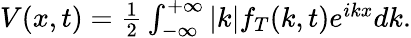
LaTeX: \begin{array}{r}{V(x,t)=\frac{1}{2}\int_{-\infty}^{+\infty}|k|f_{T}(k,t)e^{ikx}dk.}\end{array}